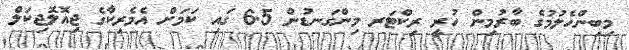
މިބިންހެލުމުގެ ބާރުމިން ހުރީ ރިކްޓަރ މިންގަނޑުން 6.5 ގައި ކަމަށް އެމެރިކާގެ ޖިއޮލޮޖިކަލް